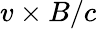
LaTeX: v\times B/c